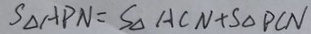
S _ { \Delta } A P N = S _ { \Delta } A C N + S _ { \Delta } P C N